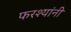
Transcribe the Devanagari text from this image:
फरश्यांनी